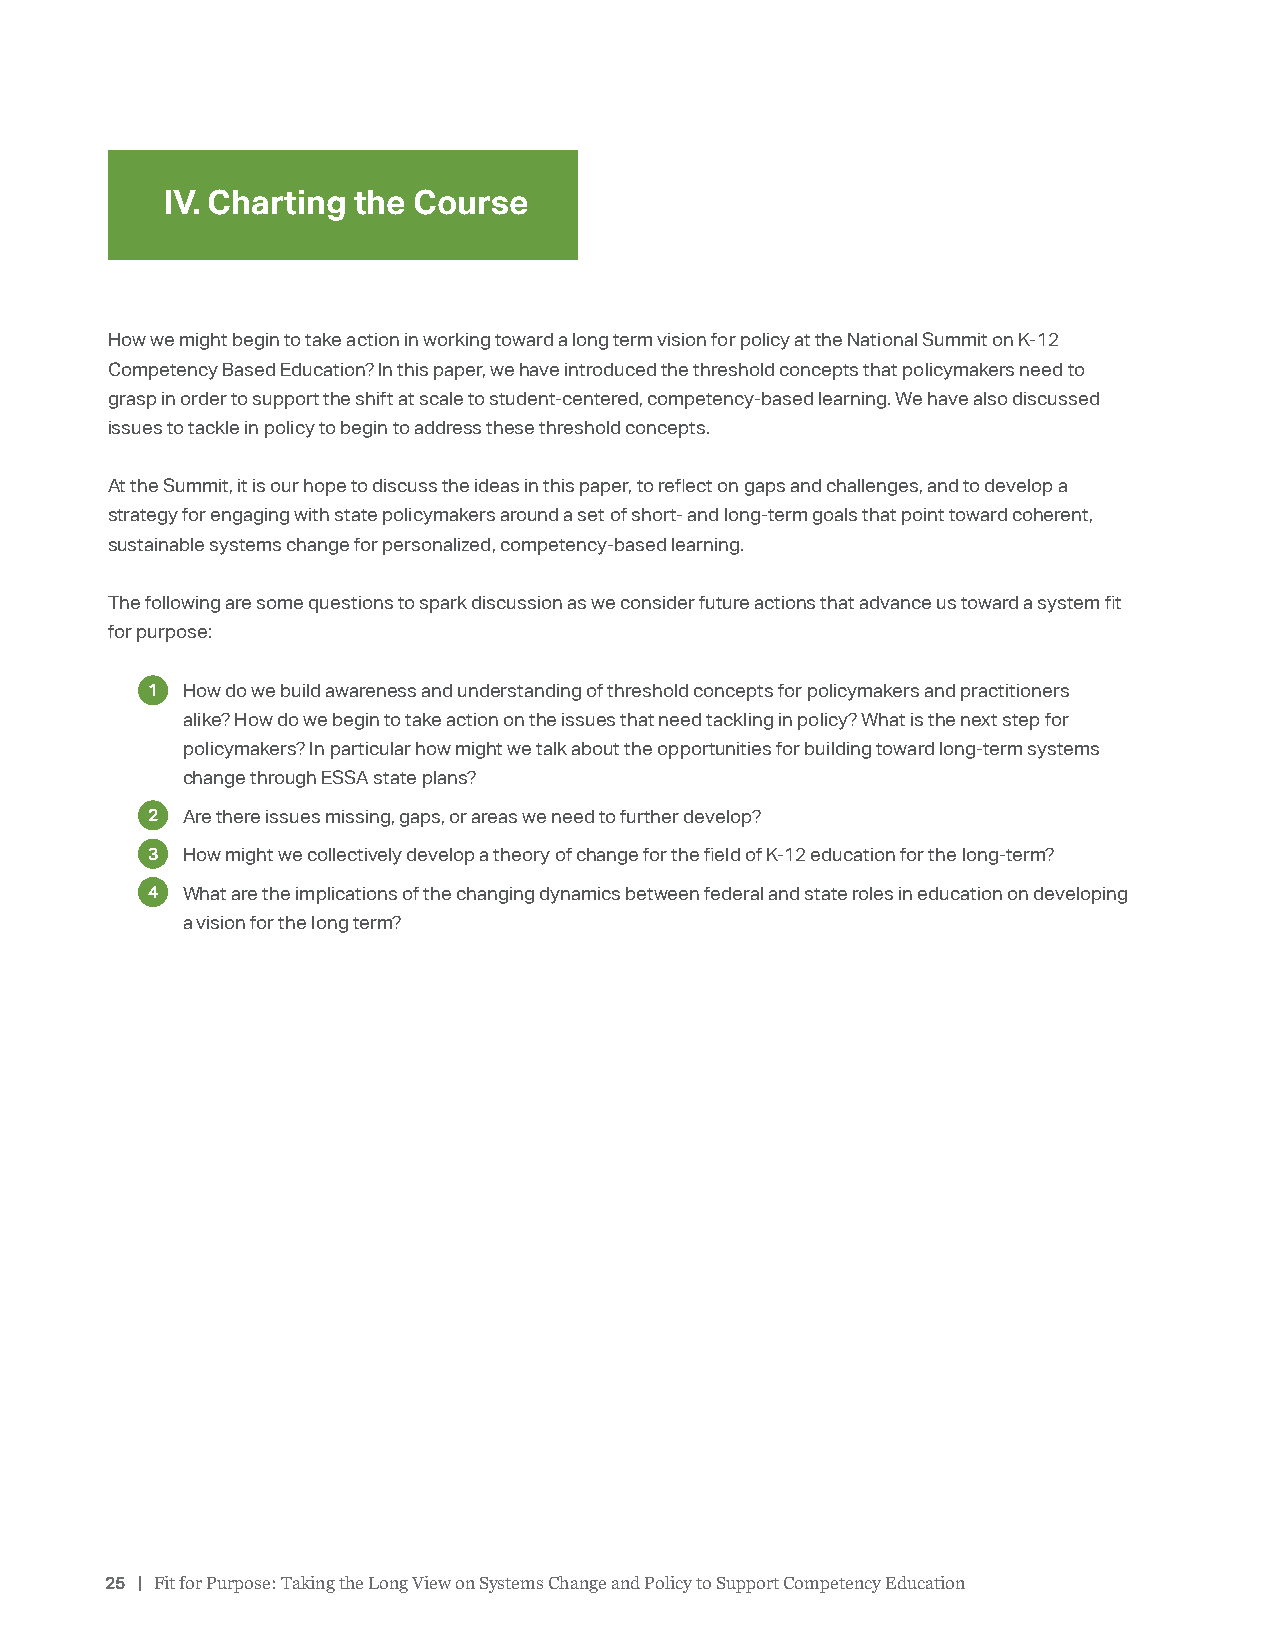
IV. Charting the Course
 How we might begin to take action in working toward a long term vision for policy at the National Summit on K-12
 Competency Based Education? In this paper, we have introduced the threshold concepts that policymakers need to
 grasp in order to support the shift at scale to student-centered, competency-based learning. We have also discussed
 issues to tackle in policy to begin to address these threshold concepts.
 At the Summit, it is our hope to discuss the ideas in this paper, to reflect on gaps and challenges, and to develop a
 strategy for engaging with state policymakers around a set of short- and long-term goals that point toward coherent,
 sustainable systems change for personalized, competency-based learning.
 The following are some questions to spark discussion as we consider future actions that advance us toward a system fit
 for purpose:
 11. How do we build awareness and understanding of threshold concepts for policymakers and practitioners
 alike? How do we begin to take action on the issues that need tackling in policy? What is the next step for
 policymakers? In particular how might we talk about the opportunities for building toward long-term systems
 change through ESSA state plans?
 22. Are there issues missing, gaps, or areas we need to further develop?
 33. How might we collectively develop a theory of change for the field of K-12 education for the long-term?
 44. What are the implications of the changing dynamics between federal and state roles in education on developing
 a vision for the long term?
 25 | Fit for Purpose: Taking the Long View on Systems Change and Policy to Support Competency Education